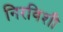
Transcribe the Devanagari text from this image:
निरविशी